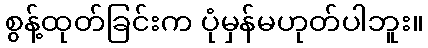
စွန့်ထုတ်ခြင်းက ပုံမှန်မဟုတ်ပါဘူး။